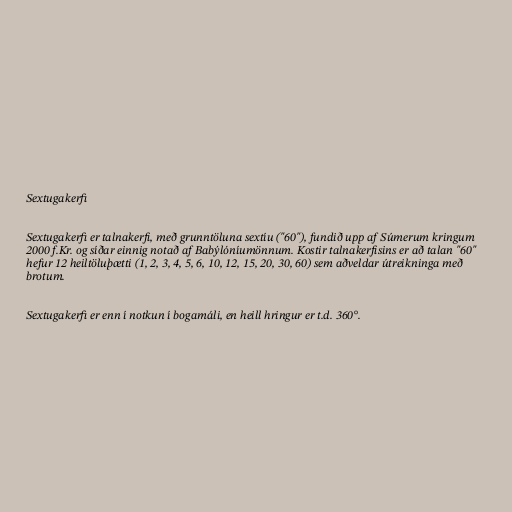
Sextugakerfi

Sextugakerfi er talnakerfi, með grunntöluna sextíu ("60"), fundið upp af Súmerum kringum
2000 f.Kr. og síðar einnig notað af Babýlóníumönnum. Kostir talnakerfisins er að talan "60"
hefur 12 heiltöluþætti (1, 2, 3, 4, 5, 6, 10, 12, 15, 20, 30, 60) sem aðveldar útreikninga með
brotum.

Sextugakerfi er enn í notkun í bogamáli, en heill hringur er t.d. 360°.